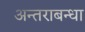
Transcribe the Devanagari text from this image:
अन्तराबन्धा